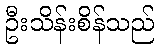
ဦးသိန်းစိန်သည်